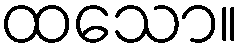
ထသော။